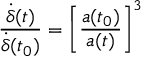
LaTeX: \frac { \dot { \delta } ( t ) } { \dot { \delta } ( t _ { 0 } ) } = \bigg [ \frac { a ( t _ { 0 } ) } { a ( t ) } \bigg ] ^ { 3 }